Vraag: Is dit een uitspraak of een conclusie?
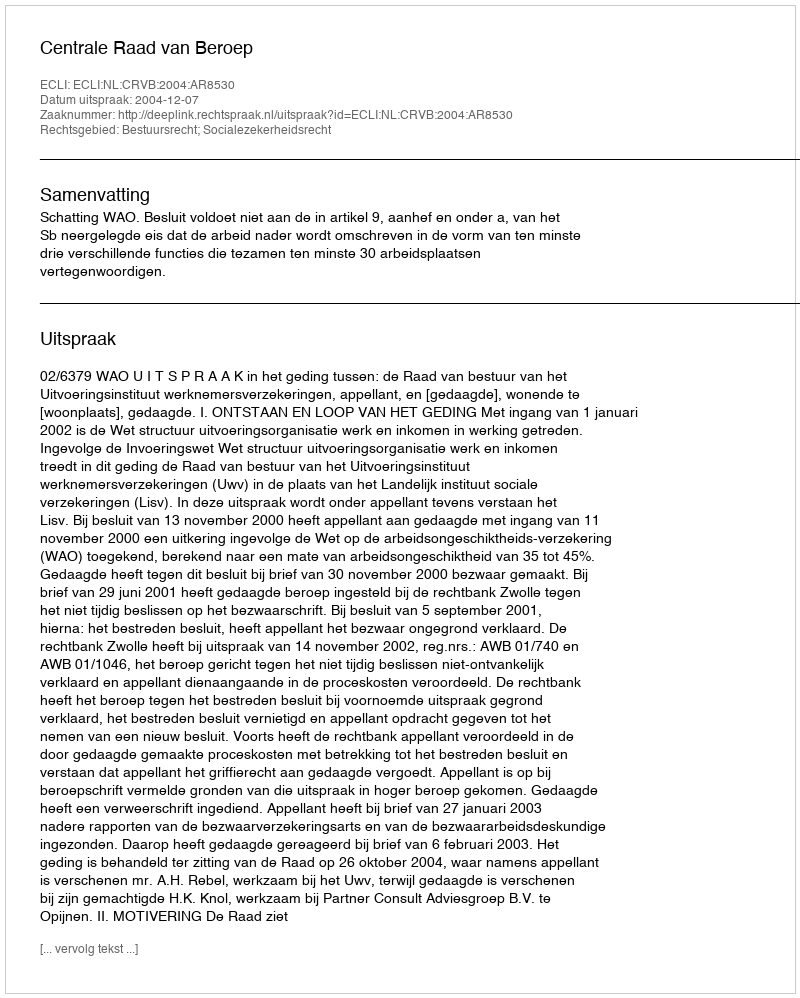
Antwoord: Uitspraak